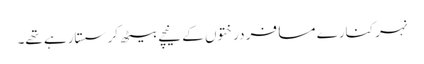
نہر کنارے مسافر درختوں کے نیچے بیٹھ کر سستارہے تھے۔